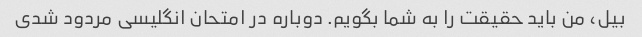
بیل، من باید حقیقت را به شما بگویم. دوباره در امتحان انگلیسی مردود شدی